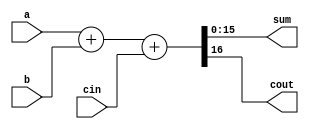
module add16 ( input[15:0] a, input[15:0] b, input cin, output[15:0] sum, output cout );
	assign {cout,sum} = a + b + cin;
endmodule
module top_module(
    input [31:0] a,
    input [31:0] b,
    input sub,
    output [31:0] sum
);
    wire cout1;
    wire [15:0] sum1, sum2;
    wire [31:0]toaddb;
    assign toaddb = (sub == 0) ? b : ({32{1'b1}} ^ b);
    add16 add16_1(.a(a[15:0]), .b(toaddb[15:0]), .cin(sub), .sum(sum1), .cout(cout1));
    add16 add16_2(.a(a[31:16]), .b(toaddb[31:16]), .cin(cout1), .sum(sum2));
    assign sum = {sum2, sum1};
endmodule